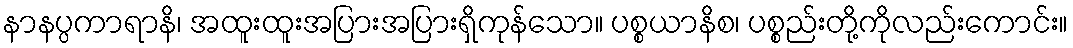
နာနပ္ပကာရာနိ၊ အထူးထူးအပြားအပြားရှိကုန်သော။ ပစ္စယာနိစ၊ ပစ္စည်းတို့ကိုလည်းကောင်း။